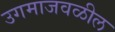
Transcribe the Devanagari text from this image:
उगमाजवळील